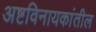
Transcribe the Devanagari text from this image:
अष्टविनायकांतील